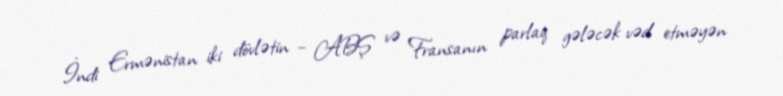
İndi Ermənistan iki dövlətin – ABŞ və Fransanın parlaq gələcək vəd etməyən